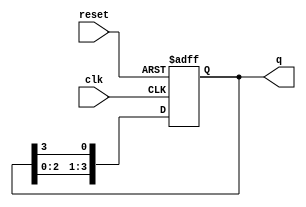
module ring_counter #(
    parameter N = 4  // Number of bits in the ring counter
)(
    input wire clk,       // Clock signal
    input wire reset,     // Asynchronous reset signal
    output reg [N-1:0] q // Output state of the ring counter
);

    // Initial state
    initial begin
        q = 1'b1; // Initialize the counter with the first flip-flop set to '1'
    end

    // Always block triggered on the rising edge of the clock or reset
    always @(posedge clk or posedge reset) begin
        if (reset) begin
            q <= 1'b1; // Reset the counter to the initial state
        end else begin
            // Shift the '1' to the next flip-flop
            q <= {q[N-2:0], q[N-1]}; // Shift left and wrap around
        end
    end

endmodule